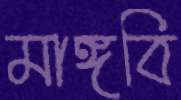
মাঙ্গবি